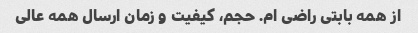
از همه بابتی راضی ام. حجم، کیفیت و زمان ارسال همه عالی